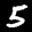
Label: 5